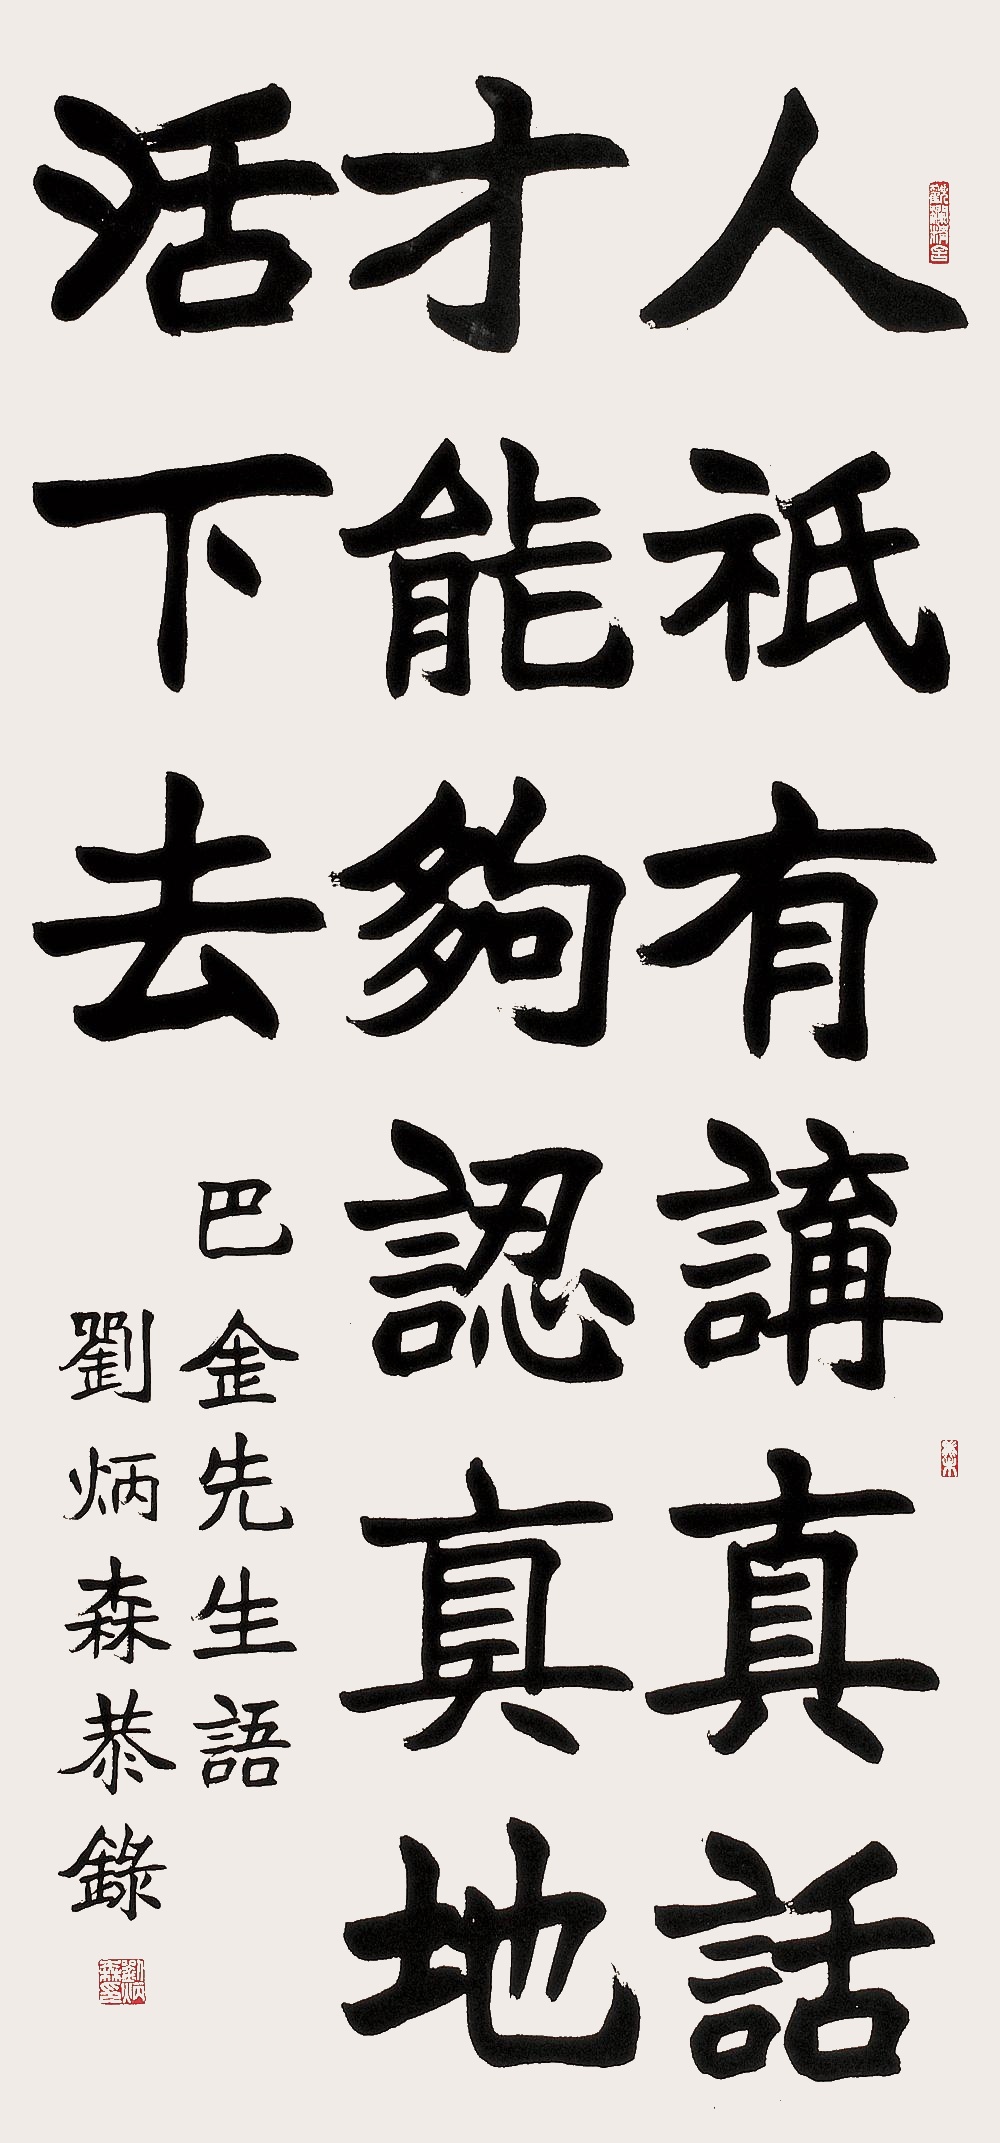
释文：人只有讲真话，才能够认真地活下去。巴金先生语，刘炳森恭录。